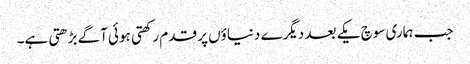
جب ہماری سوچ یکے بعد دیگرے دنیاؤں پر قدم رکھتی ہوئی آگے بڑھتی ہے۔